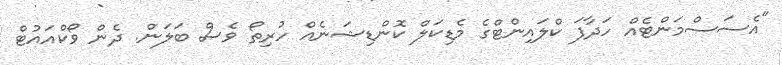
"އެސަސްމަންޓެއް ހަދާފަ ކްލައިންޓްގެ މެޑިކަލް ކޮންޑިޝަނެއް ހުރިތޯ ވެސް ބަލަން. ދެން ވޯކްއައުޓް